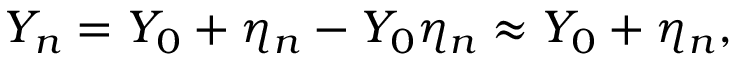
Y _ { n } = Y _ { 0 } + \eta _ { n } - Y _ { 0 } \eta _ { n } \approx Y _ { 0 } + \eta _ { n } ,